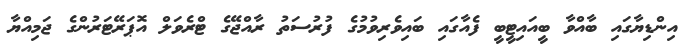
އިންޑިޔާގައި ބާއްވާ ބީއައިޓީބީ ފެއާގައި ބައިވެރިވުމުގެ ފުރުސަތު ރާއްޖޭގެ ޓްރެވަލް އޮޕަރޭޓަރުންގެ ޖަމިއްޔާ